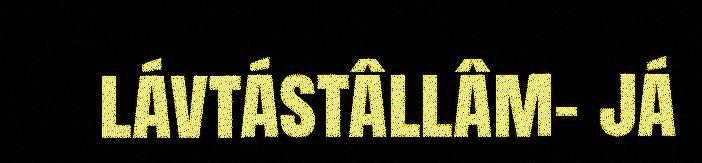
lávtástâllâm- já